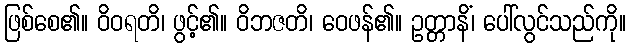
ဖြစ်စေ၏။ ဝိဝရတိ၊ ဖွင့်၏။ ဝိဘဇတိ၊ ဝေဖန်၏။ ဥတ္တာနိံ၊ ပေါ်လွင်သည်ကို။